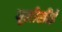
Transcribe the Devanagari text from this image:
यूसीसीई